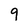
Character: 9